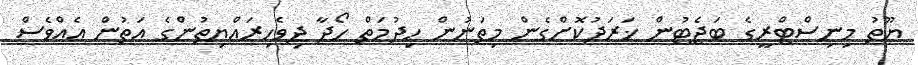
ޔޫތު މިނިސްޓްރީގެ ބަޖެޓުން ޚަރަދުކޮށްގެން މިތަނުން ހިދުމަތް ހޯދާ ދިވެހިރައްޔިތުންގެ އަތުން އެއްވެސް